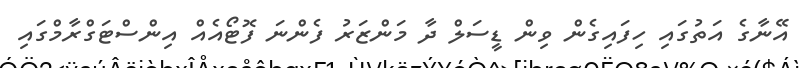
އޭނާގެ އަތުގައި ހިފައިގެން ވިން ޑީސަލް ދާ މަންޒަރު ފެންނަ ފޮޓޯއެއް އިންސްޓަގްރާމްގައި